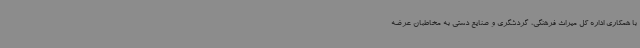
با همکاری اداره کل میراث فرهنگی، گردشگری و صنایع دستی به مخاطبان عرضه